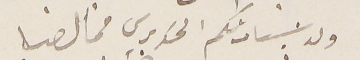
ولد سَيادتكم الخوري مخاىل حنا